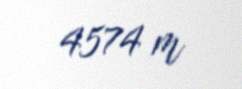
4574 m